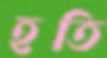
হতি